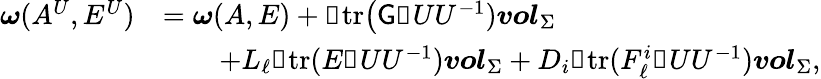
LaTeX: \begin{array}{rl}{\boldsymbol{\omega}(A^{U},E^{U})}&{=\boldsymbol{\omega}(A,E)+\mathbb{d}\mathrm{tr}\big(\mathsf{G}\mathbb{d}UU^{-1}){\boldsymbol{vol}}_{\Sigma}}\\ &{\qquad+L_{\ell}\mathbb{d}\mathrm{tr}(E\mathbb{d}UU^{-1}){\boldsymbol{vol}}_{\Sigma}+D_{i}\mathbb{d}\mathrm{tr}(F_{\ell}^{i}\mathbb{d}UU^{-1}){\boldsymbol{vol}}_{\Sigma},}\end{array}